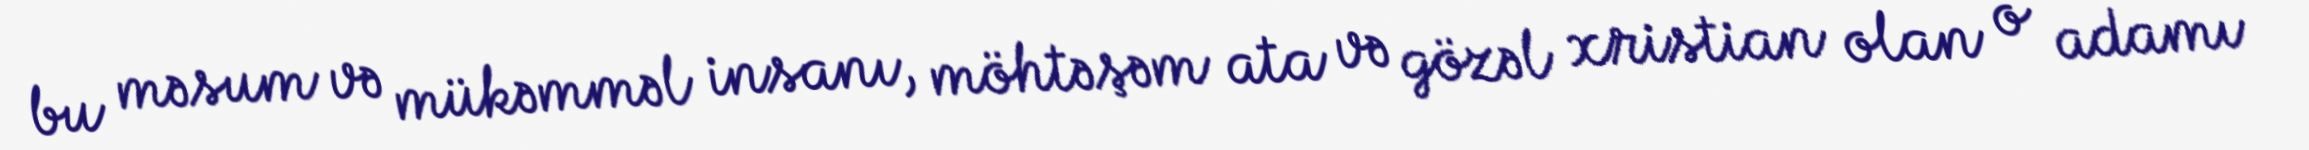
bu məsum və mükəmməl insanı, möhtəşəm ata və gözəl xristian olan o adamı